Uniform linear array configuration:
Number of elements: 48
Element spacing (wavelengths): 1
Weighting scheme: binomial
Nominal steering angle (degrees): -30
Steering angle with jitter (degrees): -31.067
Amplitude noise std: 0.05
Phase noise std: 0.05

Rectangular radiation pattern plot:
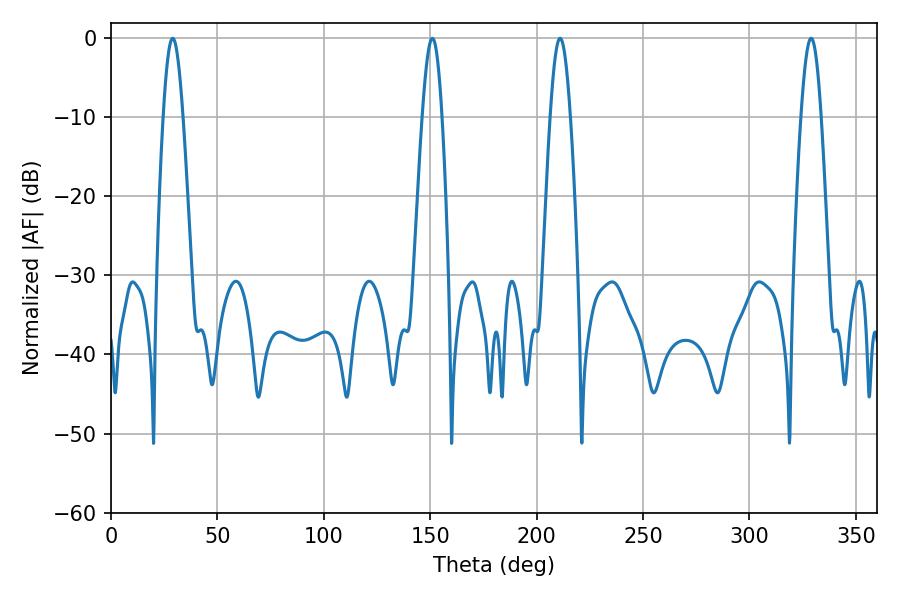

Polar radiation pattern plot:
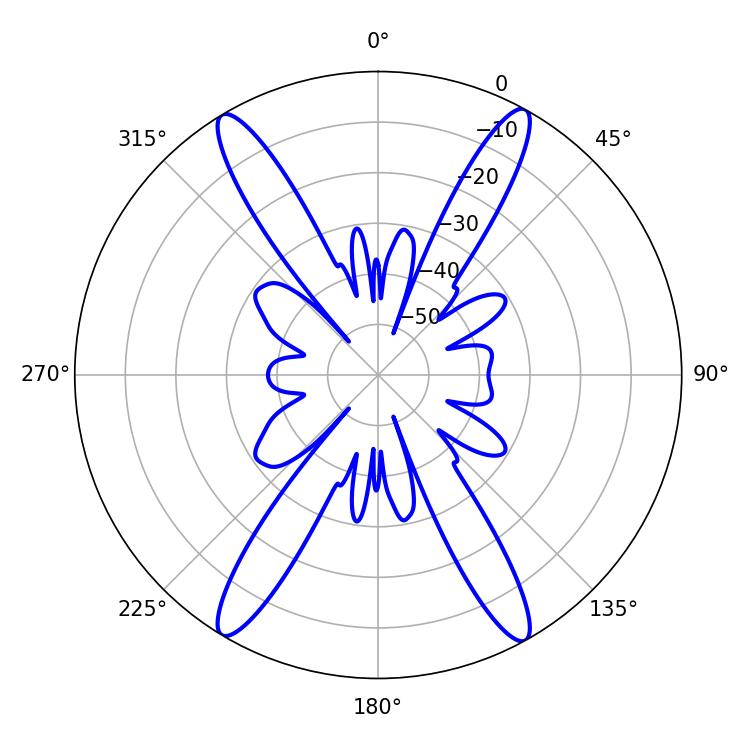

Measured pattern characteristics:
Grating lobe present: TRUE
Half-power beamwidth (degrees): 4.86
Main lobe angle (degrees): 28.98